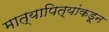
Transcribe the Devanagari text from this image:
मात्यापित्यांकडून